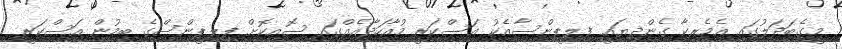
މީގެބަދަލުގައި އެމެރިކާ ގެންދިޔައީ ފިލިޕީންސާއެކު އަސްކަރީ މުއާހަދާއެއްގައި ސޮއިކޮށް ފިލިޕީންސްގެ ބިމުން އަސްކަރީ